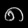
Digit: ၈